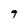
Character: 9